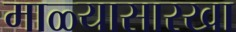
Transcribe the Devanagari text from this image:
माळ्यासारखा